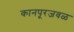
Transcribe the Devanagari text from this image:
कानपूरजवळ